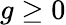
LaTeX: g\geq 0